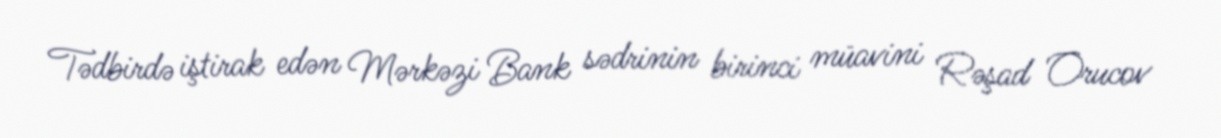
Tədbirdə iştirak edən Mərkəzi Bank sədrinin birinci müavini Rəşad Orucov